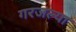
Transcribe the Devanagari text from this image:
गरजल्या